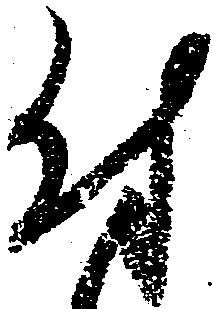
付